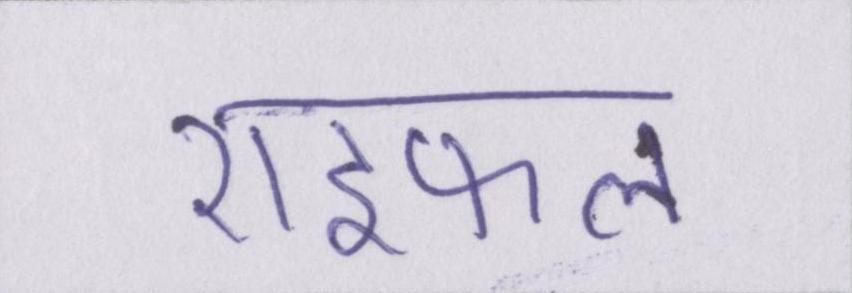
राइफल